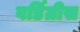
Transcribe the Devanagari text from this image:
वर्डिग्रीस